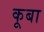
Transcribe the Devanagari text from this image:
कूबा